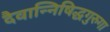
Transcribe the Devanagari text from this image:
दैवान्निषिद्धगुरुगा